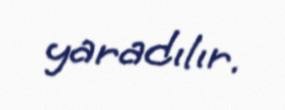
yaradılır.